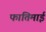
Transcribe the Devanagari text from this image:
फातिमाई